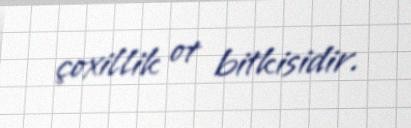
çoxillik ot bitkisidir.